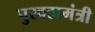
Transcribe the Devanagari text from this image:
पुरवठामंत्री